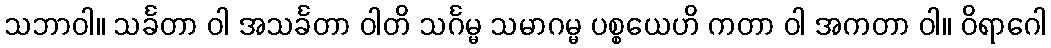
သဘာဝါ။ သင်္ခတာ ဝါ အသင်္ခတာ ဝါတိ သင်္ဂမ္မ သမာဂမ္မ ပစ္စယေဟိ ကတာ ဝါ အကတာ ဝါ။ ဝိရာဂေါ